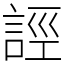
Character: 誙